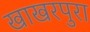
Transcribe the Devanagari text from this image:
खाखरपुरा